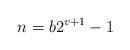
LaTeX: \begin{align*}n = b 2^{v+1} - 1\end{align*}